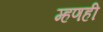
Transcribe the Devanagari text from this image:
म्हणही